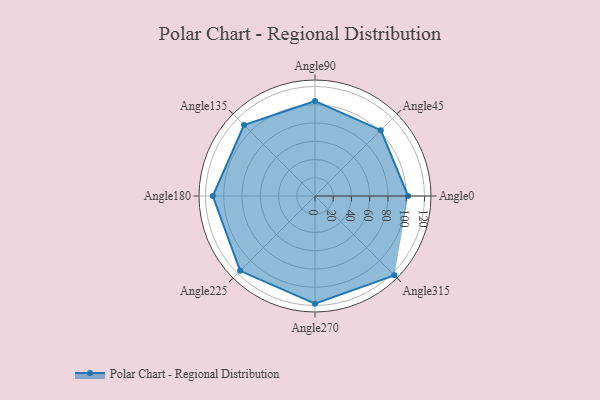
{"axis": {"x": "Angle", "y": "Radius"}, "legend": [""], "data": [{"x": "Angle0", "y": 102.0, "type": ""}, {"x": "Angle45", "y": 102.0, "type": ""}, {"x": "Angle90", "y": 104.0, "type": ""}, {"x": "Angle135", "y": 110.0, "type": ""}, {"x": "Angle180", "y": 112.0, "type": ""}, {"x": "Angle225", "y": 116.0, "type": ""}, {"x": "Angle270", "y": 118.0, "type": ""}, {"x": "Angle315", "y": 123.0, "type": ""}]}